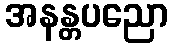
အနန္တပညော